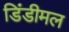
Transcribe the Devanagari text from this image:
डिंडीमल